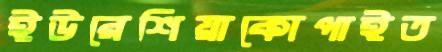
ইউরেশিয়াকোপাইত